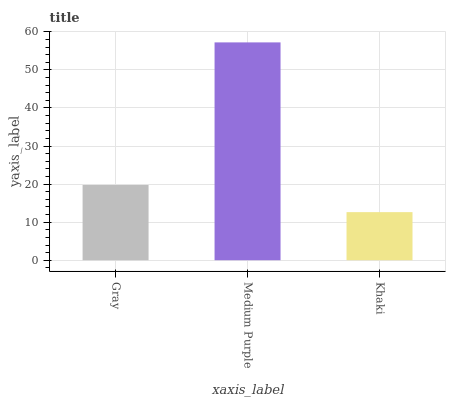
| xaxis_label | bars |
 | --- | --- |
 | Gray | 19.8 |
 | Medium Purple | 57.2 |
 | Khaki | 12.6 |